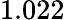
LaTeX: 1.022